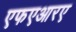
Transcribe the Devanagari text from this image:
एफएआरए